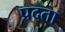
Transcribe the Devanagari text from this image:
प्रदता